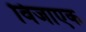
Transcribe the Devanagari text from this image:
विजाएक